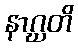
နာဂ္ဃတိ